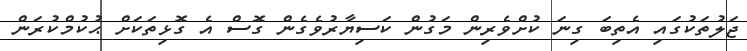
ޖަލުތަކުގައި އެތިބަ ގިނަ ކުށްވެރިން މަގުން ކަސިޔާރުވެގެން ގޮސް އެ ގޮޅިތަކަށް ޙުކުމްކުރަން